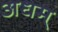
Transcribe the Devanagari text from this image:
अधम्